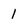
Character: 1